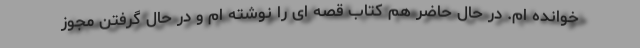
خوانده ام. در حال حاضر هم کتاب قصه ای را نوشته ام و در حال گرفتن مجوز